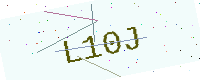
Text: L10J